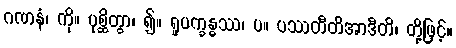
ဂဏနံ၊ ကို။ ပုစ္ဆိတွာ၊ ၍။ ရူပက္ခန္ဓဿ၊ ပ။ ပဿတီတိအာဒီတိ၊ တို့ဖြင့်။